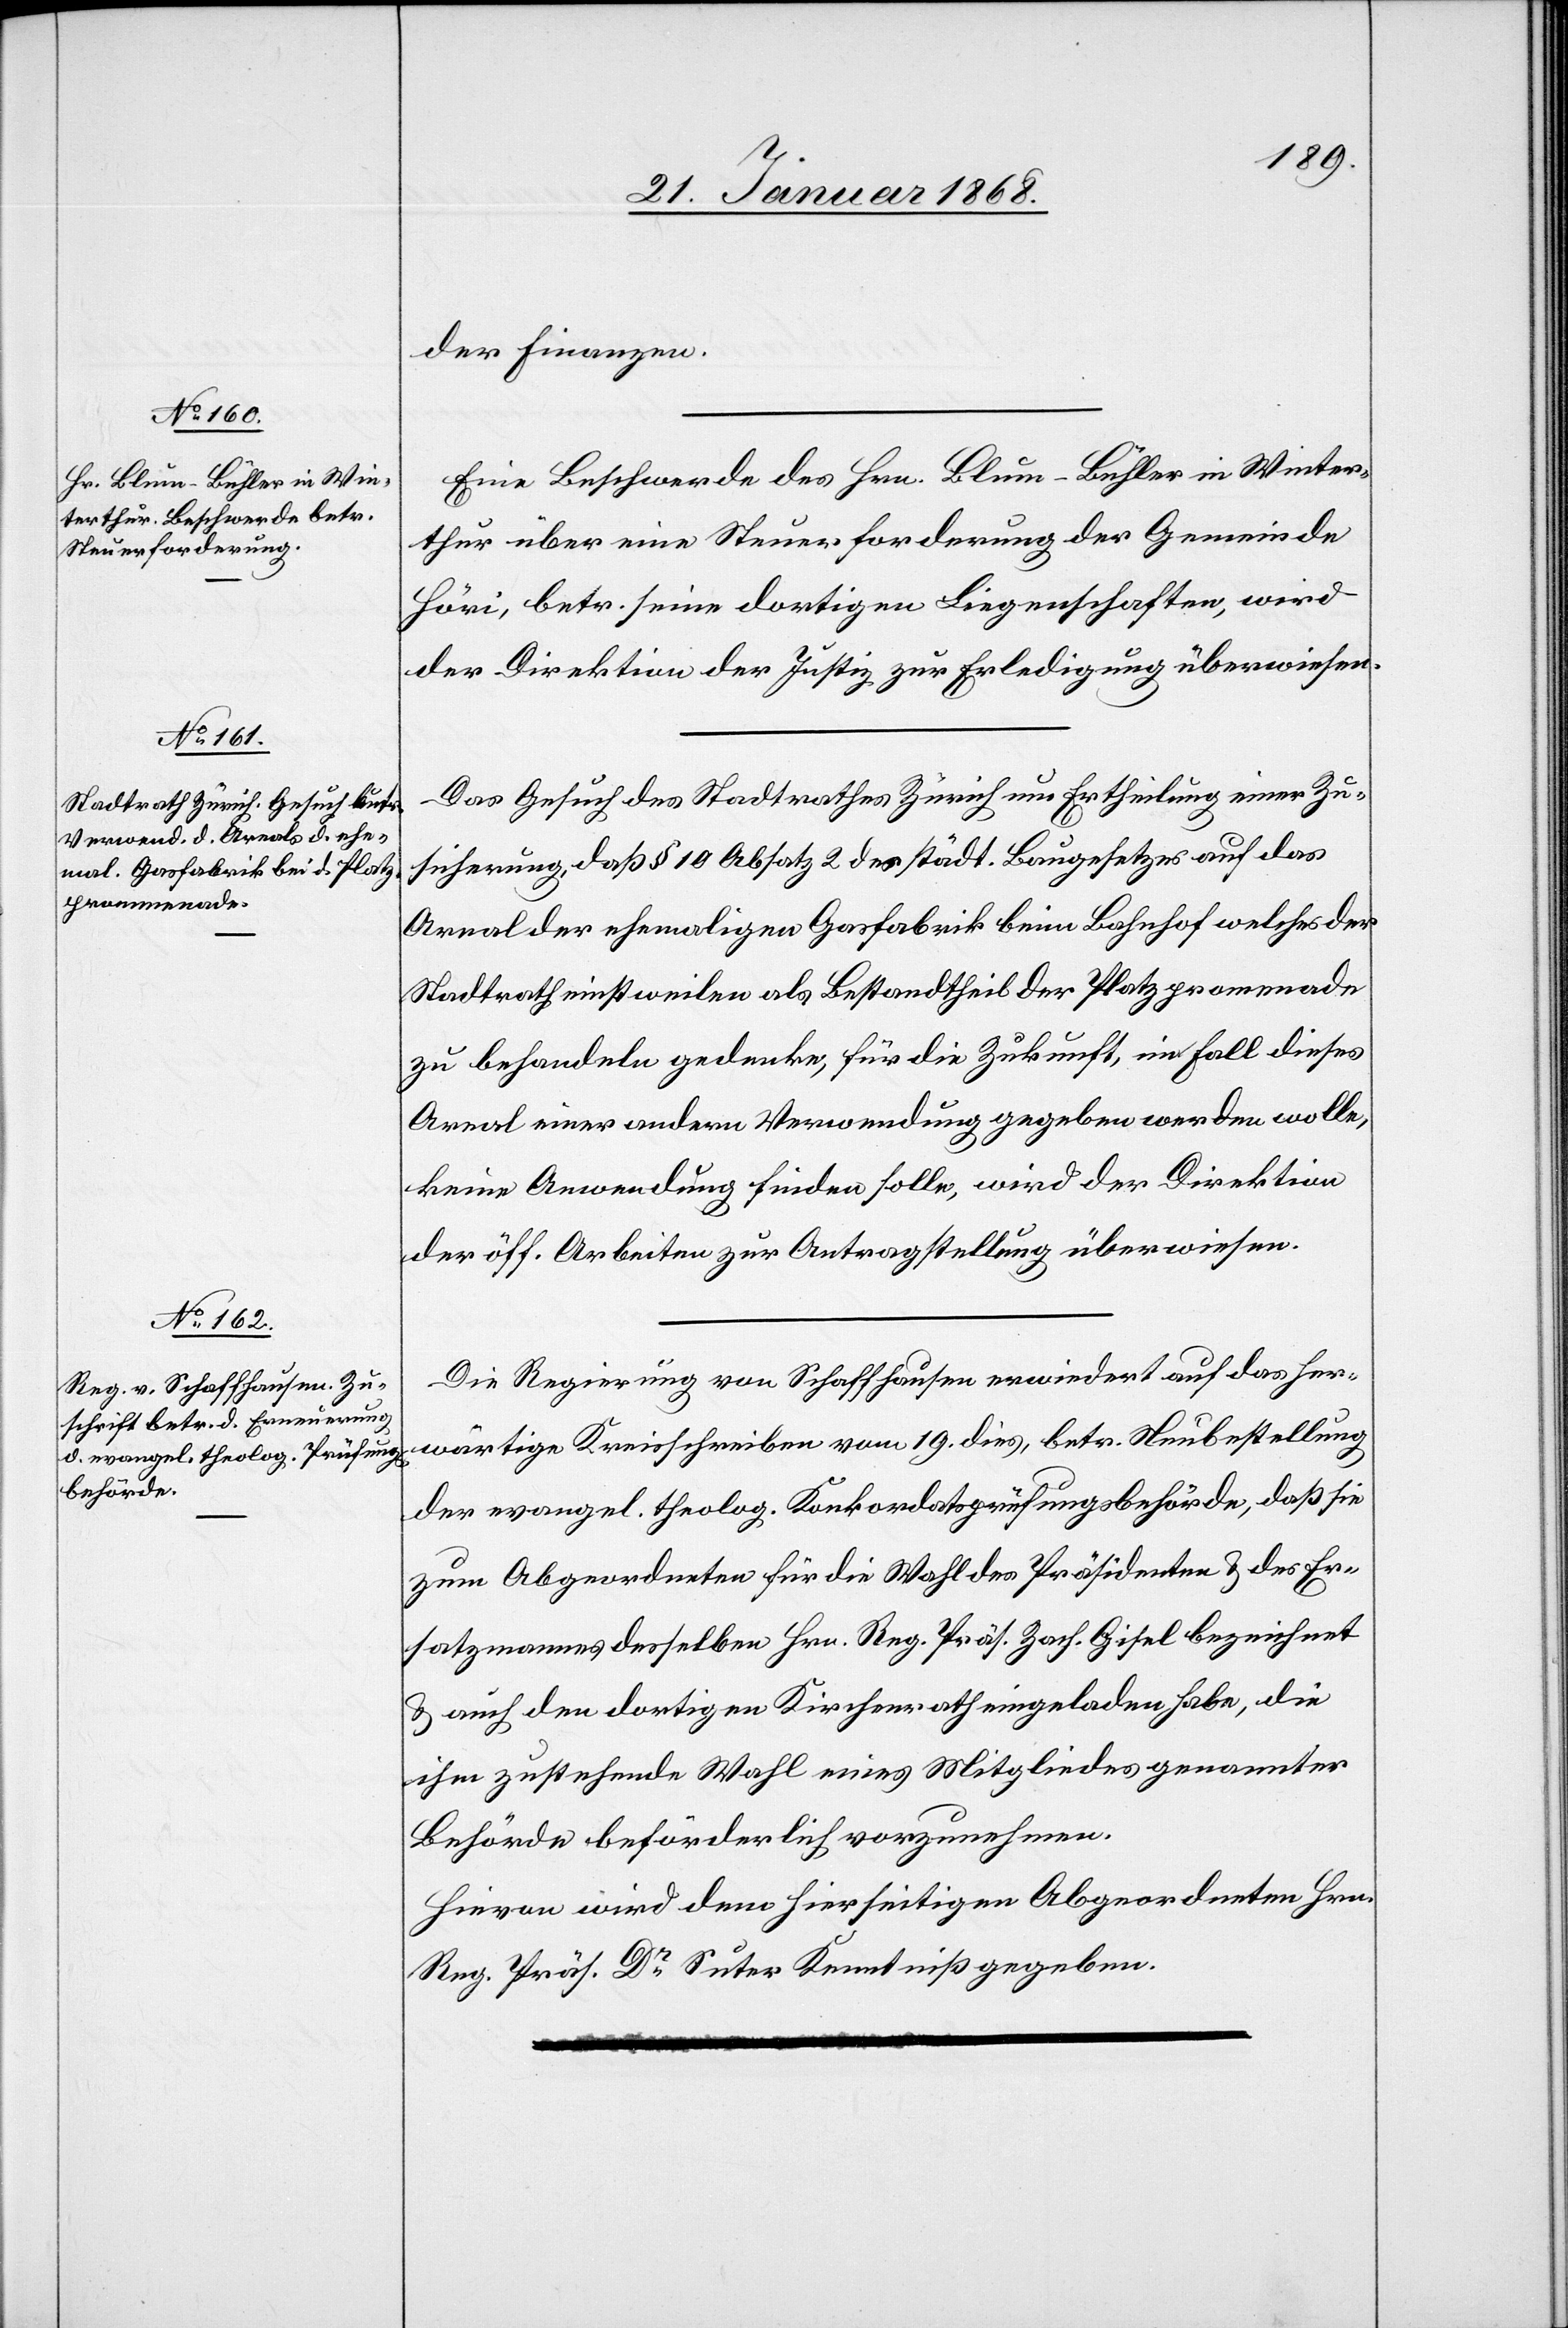
24. Januar 1868.]
der Finanzen.
Eine Beschwerde des Hrn. Blum-Bühler in Winter¬
thur über eine Steuerforderung der Gemeinde
Höri, betr. seine dortigen Liegenschaften, wird
der Direktion der Justiz zur Erledigung überwiesen.
Das Gesuch des Stadtrathes Zürich um Ertheilung einer Zu¬
sicherung, daß § 10 Absatz 2 des städt. Baugesetzes auf das
Areal der ehemaligen Gasfabrik beim Bahnhof welches der
Stadtrath einstweilen als Bestandtheil der Platzpromenade
zu behandeln gedenke, für die Zukunft, im Fall dieses
Areal einer andern Verwendung gegeben werden wolle,
keine Anwendung finden solle, wird der Direktion
der öff. Arbeiten zur Antragstellung überwiesen.
Die Regierung von Schaffhausen erwiedert auf das her¬
wärtige Kreisschreiben vom 19. dies, betr. Neubestellung
der evangel. theolog. Konkordatsprüfungsbehörde, daß sie
zum Abgeordneten für die Wahl des Präsidenten & des Er¬
satzmannes desselben Hrn. Reg. Präs. Zach. Gisel bezeichnet
& auch den dortigen Kirchenrath eingeladen habe, die
ihm zustehende Wahl eines Mitgliedes genannter
Behörde beförderlich vorzunehmen.
Hievon wird dem hierseitigen Abgeordneten Hrn.
Reg. Präs. Dr. Suter Kenntniß gegeben.